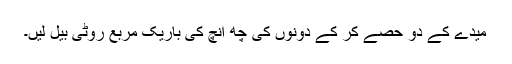
میدے کے دو حصے کر کے دونوں کی چھ انچ کی باریک مربع روٹی بیل لیں۔